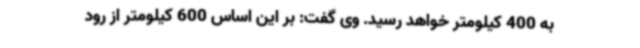
به 400 کیلومتر خواهد رسید. وی گفت: بر این اساس 600 کیلومتر از رود